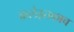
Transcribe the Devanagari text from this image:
कलेइतकाच